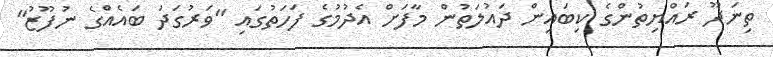
ތިނަދޫ ރައްޔިތުންގެ ކިބައިން ދައުލަތުން މާފަށް އެދުމުގެ ފަހަތުގައި "ވަރުގަދަ ބައެއްގެ ނުފޫޒު"